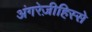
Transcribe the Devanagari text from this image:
अंगरेज़ीहिस्से